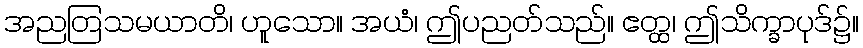
အညတြသမယာတိ၊ ဟူသော။ အယံ၊ ဤပညတ်သည်။ ဧတ္ထ၊ ဤသိက္ခာပုဒ်၌။